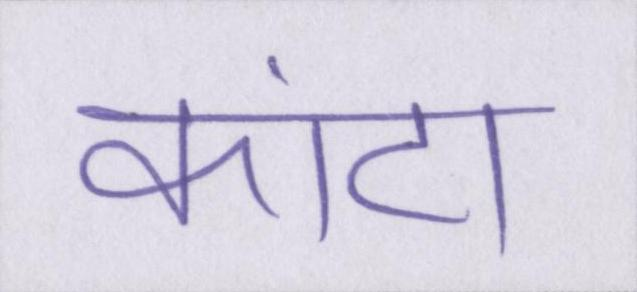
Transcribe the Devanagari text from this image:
कांटा